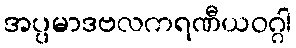
အပ္ပမာဒဗလကရဏီယဝဂ္ဂါ